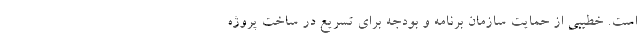
است. خطیبی از حمایت سازمان برنامه و بودجه برای تسریع در ساخت پروژه